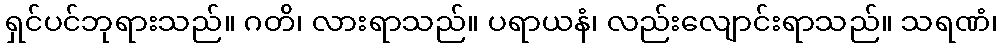
ရှင်ပင်ဘုရားသည်။ ဂတိ၊ လားရာသည်။ ပရာယနံ၊ လည်းလျောင်းရာသည်။ သရဏံ၊